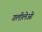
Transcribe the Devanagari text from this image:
गलीलेओ